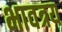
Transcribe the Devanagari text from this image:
भावत्रय